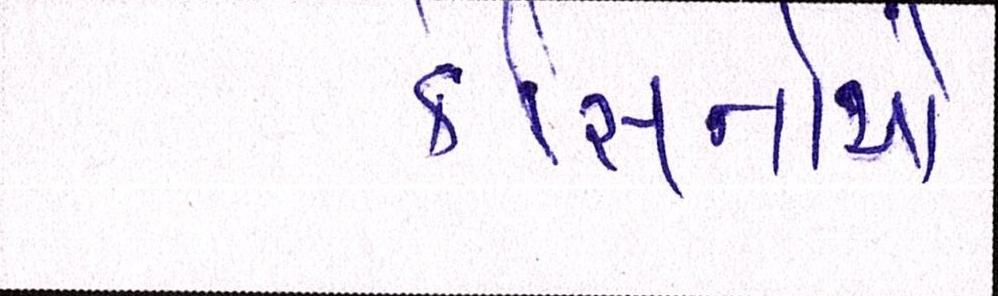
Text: કેસિનોથી